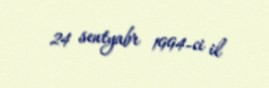
24 sentyabr 1994-ci il